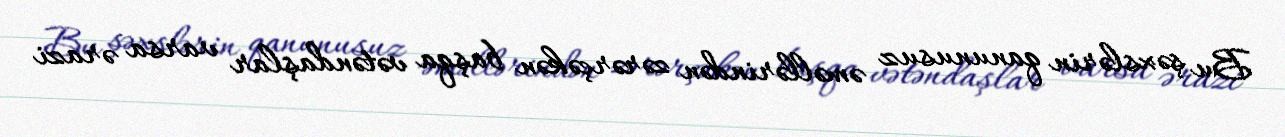
Bu şəxslərin qanunusuz əməllərindən zərərçəkən başqa vətəndaşlar varsa ərazi